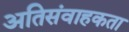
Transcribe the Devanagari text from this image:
अतिसंवाहकता